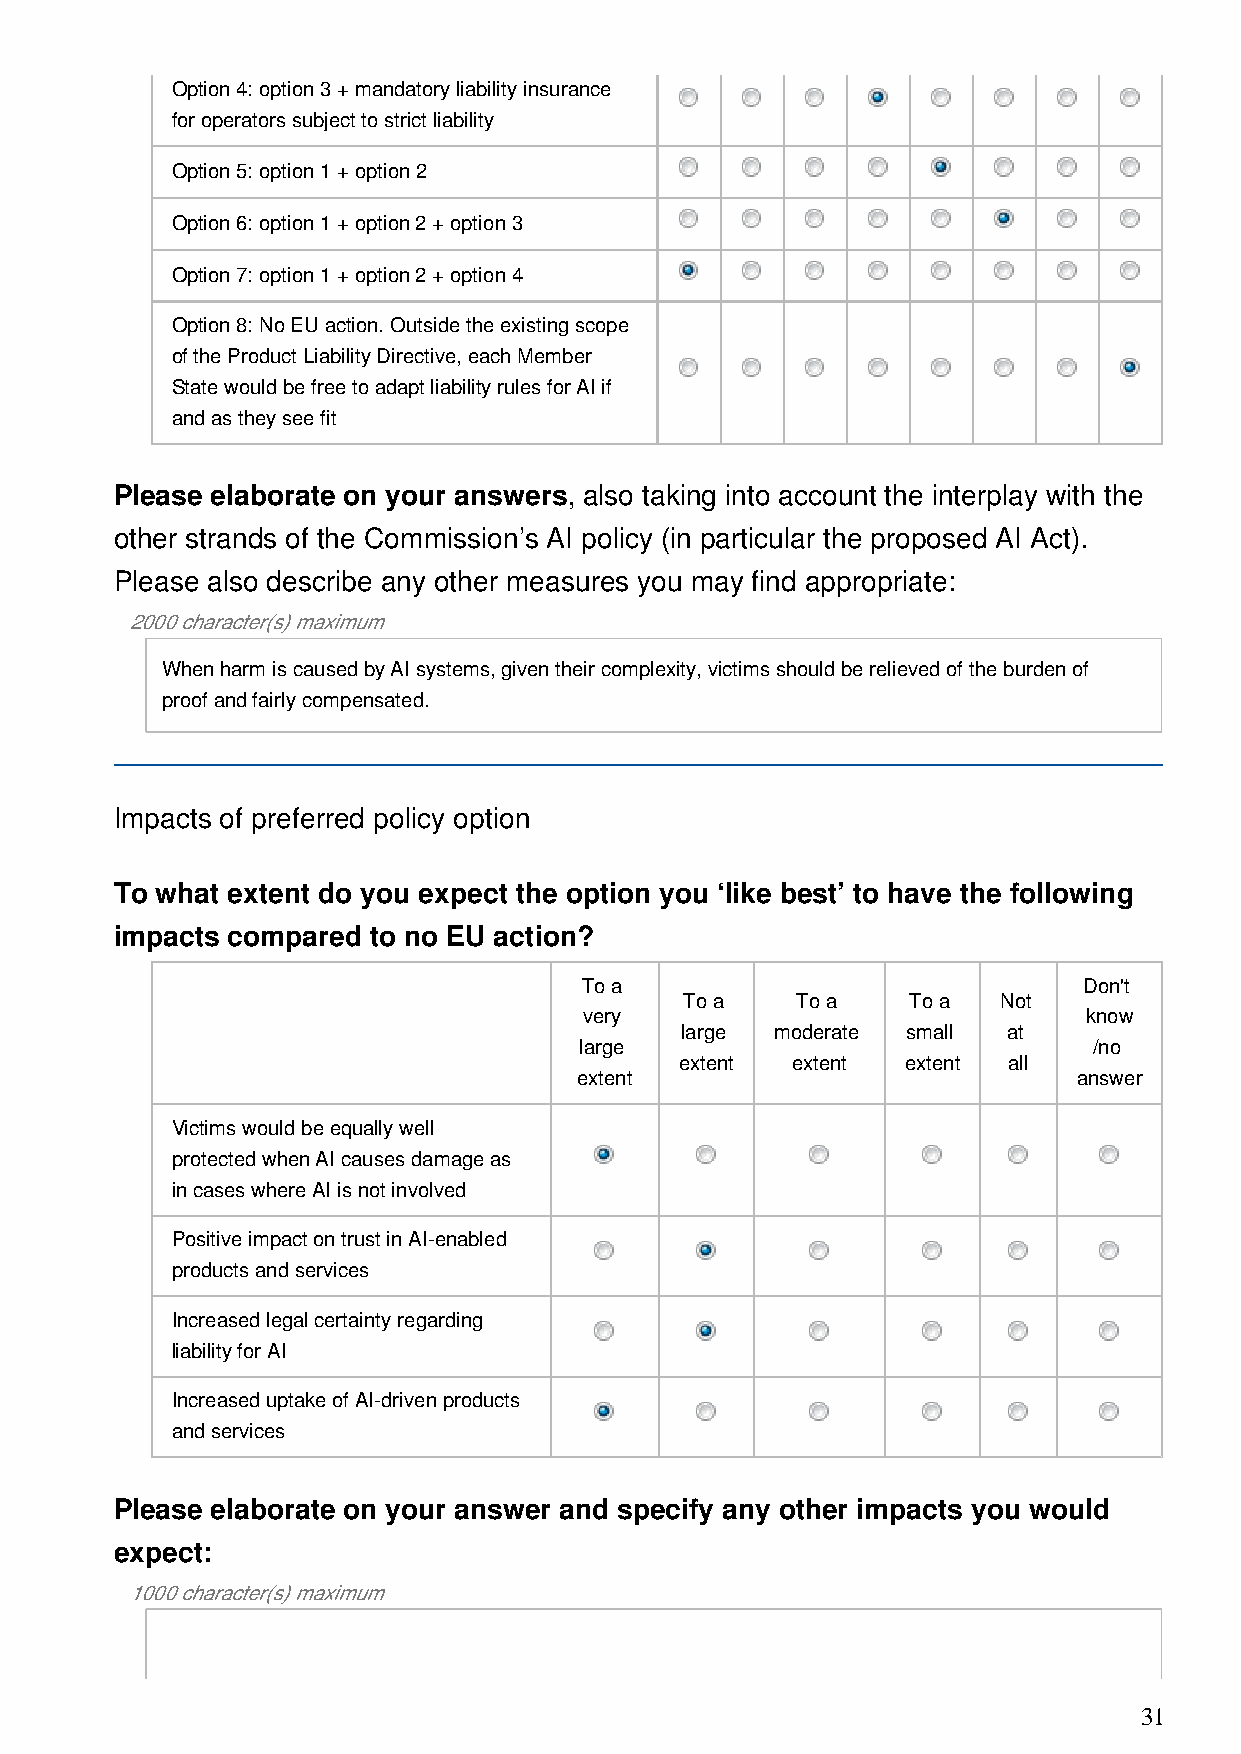
Option 4: option 3 + mandatory liability insurance
 for operators subject to strict liability
 Option 5: option 1 + option 2
 Option 6: option 1 + option 2 + option 3
 Option 7: option 1 + option 2 + option 4
 Option 8: No EU action. Outside the existing scope
 of the Product Liability Directive, each Member
 State would be free to adapt liability rules for AI if
 and as they see fit
 Please elaborate on your answers, also taking into account the interplay with the
 other strands of the Commission’s AI policy (in particular the proposed AI Act).
 Please also describe any other measures you may find appropriate:
 2000 character(s) maximum
 When harm is caused by AI systems, given their complexity, victims should be relieved of the burden of
 proof and fairly compensated.
 Impacts of preferred policy option
 To what extent do you expect the option you ‘like best’ to have the following
 impacts compared to no EU action?
 To a                              Don't
 To a    To a   To a  Not
 very                             know
 large moderate small  at
 large                             /no
 extent extent  extent all
 extent                           answer
 Victims would be equally well
 protected when AI causes damage as
 in cases where AI is not involved
 Positive impact on trust in AI-enabled
 products and services
 Increased legal certainty regarding
 liability for AI
 Increased uptake of AI-driven products
 and services
 Please elaborate on your answer and specify any other impacts you would
 expect:
 1000 character(s) maximum
 31